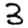
Digit: 3